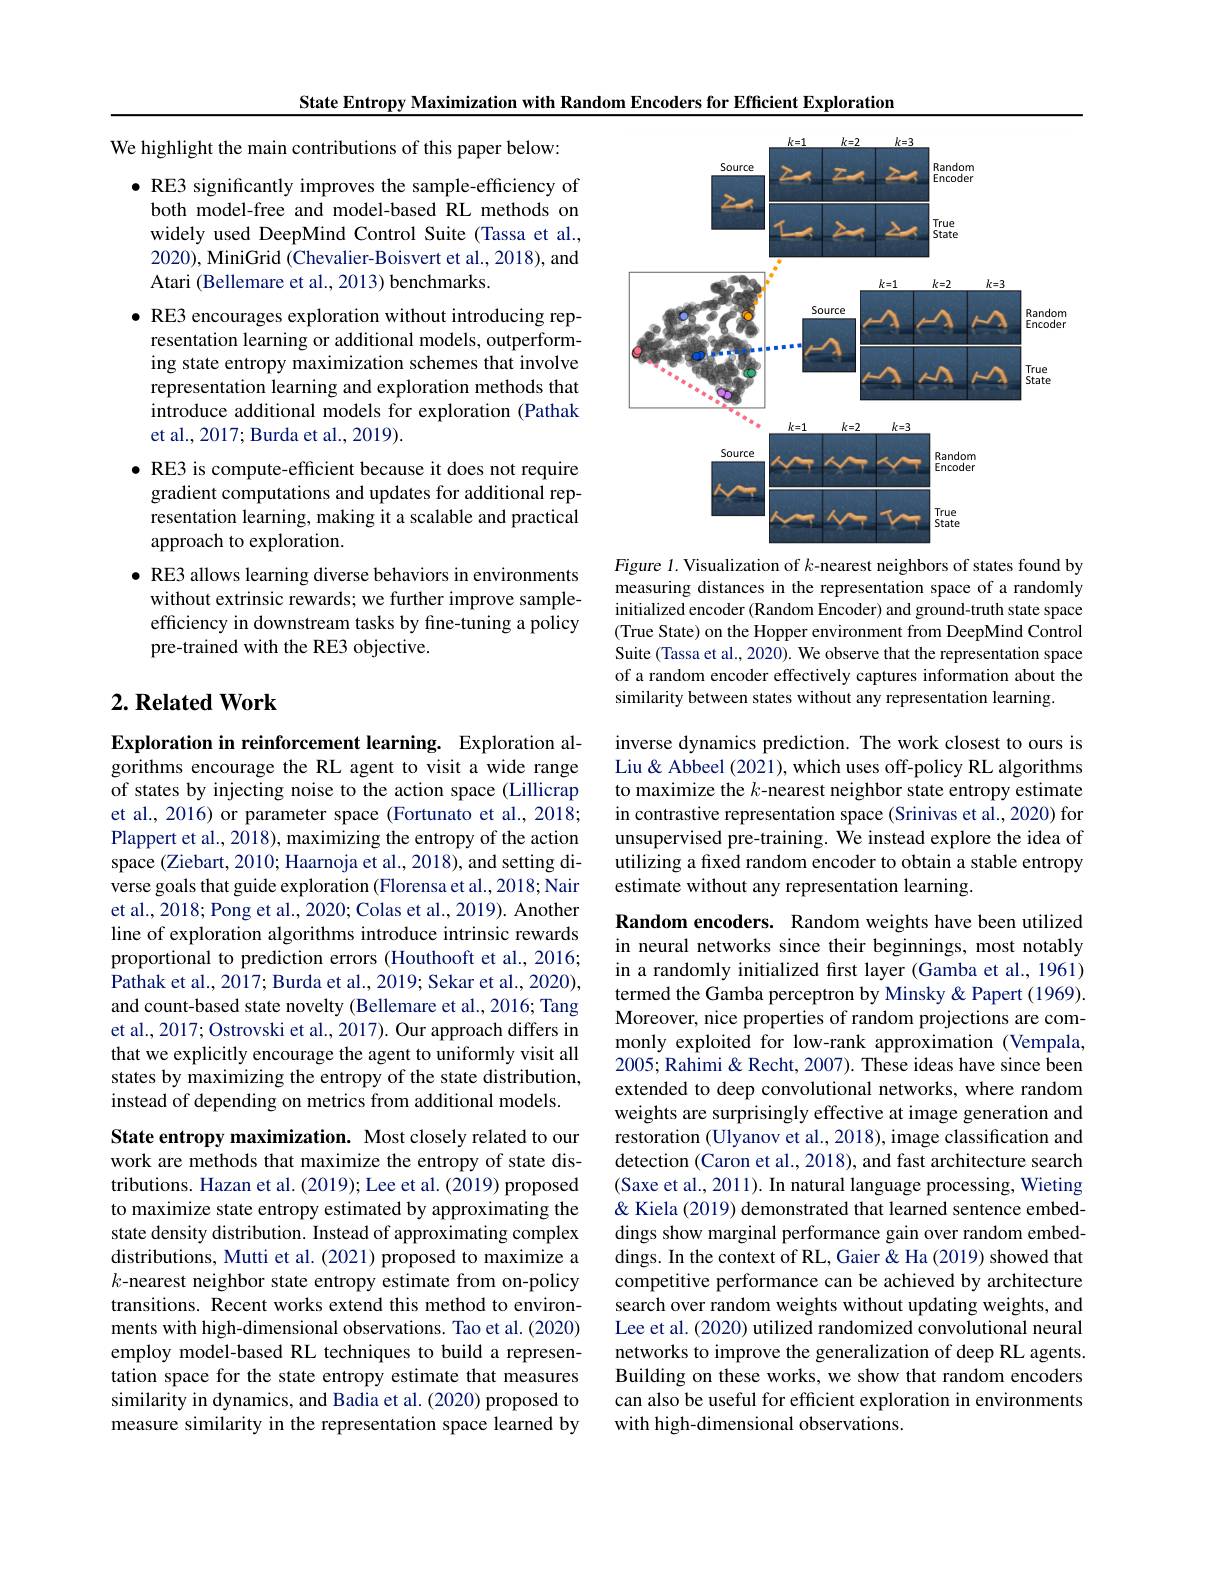
We highlight the main contributions of this paper below:
$\bullet$ RE3 significantly improves the sample-efficiency of both model-free and model-based RL methods on widely used DeepMind Control Suite (Tassa et al., 2020), MiniGrid (Chevalier-Boisvert et al., 2018), and Atari (Bellemare et al., 2013) benchmarks.
$\bullet$ RE3 encourages exploration without introducing rep-
resentation learning or additional models, outperforming state entropy maximization schemes that involve representation learning and exploration methods that introduce additional models for exploration (Pathak et al., 2017; Burda et al., 2019).
$\bullet$ RE3 is compute-efficient because it does not require
gradient computations and updates for additional representation learning, making it a scalable and practical approach to exploration.
$\bullet$ RE3 allows learning diverse behaviors in environments
without extrinsic rewards; we further improve sampleefficiency in downstream tasks by fine-tuning a policy pre-trained with the RE3 objective.

## $2. \textbf{Related Work}$

Exploration in reinforcement learning. Exploration algorithms encourage the RL agent to visit a wide range of states by injecting noise to the action space (Lillicrap et al., 2016) or parameter space (Fortunato et al., 2018; Plappert et al., 2018), maximizing the entropy of the action space (Ziebart, 2010; Haarnoja et al., 2018), and setting diverse goals that guide exploration (Florensa et al., 2018; Nair et al., 2018; Pong et al., 2020; Colas et al., 2019). Another line of exploration algorithms introduce intrinsic rewards proportional to prediction errors (Houthooft et al., 2016; Pathak et al., 2017; Burda et al., 2019; Sekar et al., 2020), and count-based state novelty (Bellemare et al., 2016; Tang et al., 2017; Ostrovski et al., 2017). Our approach differs in that we explicitly encourage the agent to uniformly visit all states by maximizing the entropy of the state distribution, instead of depending on metrics from additional models.

State entropy maximization. Most closely related to our work are methods that maximize the entropy of state distributions. Hazan et al. (2019); Lee et al. (2019) proposed to maximize state entropy estimated by approximating the state density distribution. Instead of approximating complex distributions, Mutti et al. (2021) proposed to maximize a $k$-nearest neighbor state entropy estimate from on-policy transitions. Recent works extend this method to environments with high-dimensional observations. Tao et al.(2020) employ model-based RL techniques to build a representation space for the state entropy estimate that measures similarity in dynamics, and Badia et al. (2020) proposed to measure similarity in the representation space learned by

State Entropy Maximization with Random Encoders for Efficient Exploration
<FigureHere>

Figure 1. Visualization of $k$-nearest neighbors of states found by measuring distances in the representation space of a randomly initialized encoder (Random Encoder) and ground-truth state space (True State) on the Hopper environment from DeepMind Control Suite (Tassa et al., 2020). We observe that the representation space of a random encoder effectively captures information about the similarity between states without any representation learning.

inverse dynamics prediction. The work closest to ours is Liu & Abbeel (2021), which uses off-policy RL algorithms to maximize the $k$-nearest neighbor state entropy estimate in contrastive representation space (Srinivas et al.,2020) for unsupervised pre-training. We instead explore the idea of utilizing a fixed random encoder to obtain a stable entropy estimate without any representation learning.

Random encoders. Random weights have been utilized in neural networks since their beginnings, most notably in a randomly initialized frst layer (Gamba et al., 1961) termed the Gamba perceptron by Minsky & Papert (1969). Moreover, nice properties of random projections are commonly exploited for low-rank approximation (Vempala, 2005; Rahimi & Recht, 2007). These ideas have since been extended to deep convolutional networks, where random weights are surprisingly effective at image generation and restoration (Ulyanov et al., 2018), image classification and detection (Caron et al., 2018), and fast architecture search (Saxe et al., 2011). In natural language processing, Wieting & Kiela (2019) demonstrated that learned sentence embeddings show marginal performance gain over random embeddings. In the context of RL, Gaier & Ha (2019) showed that competitive performance can be achieved by architecture search over random weights without updating weights, and Lee et al. (2020) utilized randomized convolutional neural networks to improve the generalization of deep RL agents. Building on these works, we show that random encoders can also be useful for efficient exploration in environments with high-dimensional observations.